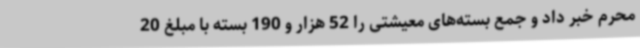
محرم خبر داد و جمع بسته‌های معیشتی را 52 هزار و 190 بسته با مبلغ 20